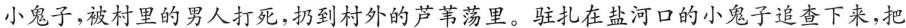
小鬼子,被村里的男人打死,扔到村外的芦苇荡里。驻扎在盐河口的小鬼子追查下来,把